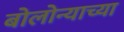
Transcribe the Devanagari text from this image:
बोलोन्याच्या